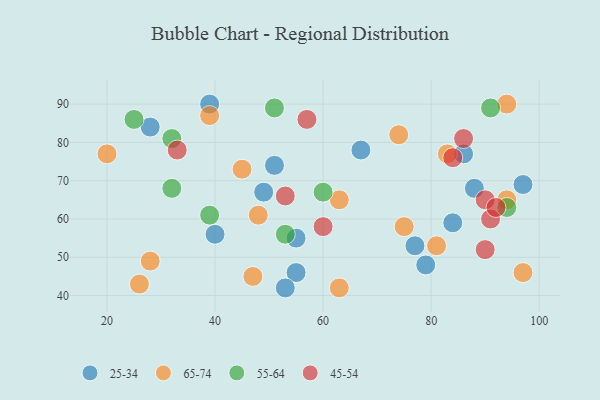
{"axis": {"x": "GDP", "y": "Life Expectancy"}, "legend": ["25-34", "45-54", "55-64", "65-74"], "data": [{"x": "84", "y": 59, "type": "25-34"}, {"x": "55", "y": 46, "type": "25-34"}, {"x": "39", "y": 90, "type": "25-34"}, {"x": "86", "y": 77, "type": "25-34"}, {"x": "53", "y": 42, "type": "25-34"}, {"x": "67", "y": 78, "type": "25-34"}, {"x": "28", "y": 84, "type": "25-34"}, {"x": "51", "y": 74, "type": "25-34"}, {"x": "40", "y": 56, "type": "25-34"}, {"x": "97", "y": 69, "type": "25-34"}, {"x": "79", "y": 48, "type": "25-34"}, {"x": "77", "y": 53, "type": "25-34"}, {"x": "88", "y": 68, "type": "25-34"}, {"x": "49", "y": 67, "type": "25-34"}, {"x": "55", "y": 55, "type": "25-34"}, {"x": "63", "y": 65, "type": "65-74"}, {"x": "45", "y": 73, "type": "65-74"}, {"x": "81", "y": 53, "type": "65-74"}, {"x": "26", "y": 43, "type": "65-74"}, {"x": "83", "y": 77, "type": "65-74"}, {"x": "63", "y": 42, "type": "65-74"}, {"x": "48", "y": 61, "type": "65-74"}, {"x": "28", "y": 49, "type": "65-74"}, {"x": "94", "y": 90, "type": "65-74"}, {"x": "47", "y": 45, "type": "65-74"}, {"x": "74", "y": 82, "type": "65-74"}, {"x": "97", "y": 46, "type": "65-74"}, {"x": "94", "y": 65, "type": "65-74"}, {"x": "39", "y": 87, "type": "65-74"}, {"x": "75", "y": 58, "type": "65-74"}, {"x": "20", "y": 77, "type": "65-74"}, {"x": "25", "y": 86, "type": "55-64"}, {"x": "91", "y": 89, "type": "55-64"}, {"x": "94", "y": 63, "type": "55-64"}, {"x": "60", "y": 67, "type": "55-64"}, {"x": "51", "y": 89, "type": "55-64"}, {"x": "39", "y": 61, "type": "55-64"}, {"x": "53", "y": 56, "type": "55-64"}, {"x": "32", "y": 81, "type": "55-64"}, {"x": "32", "y": 68, "type": "55-64"}, {"x": "33", "y": 78, "type": "45-54"}, {"x": "91", "y": 60, "type": "45-54"}, {"x": "60", "y": 58, "type": "45-54"}, {"x": "57", "y": 86, "type": "45-54"}, {"x": "90", "y": 65, "type": "45-54"}, {"x": "84", "y": 76, "type": "45-54"}, {"x": "90", "y": 52, "type": "45-54"}, {"x": "92", "y": 63, "type": "45-54"}, {"x": "53", "y": 66, "type": "45-54"}, {"x": "86", "y": 81, "type": "45-54"}]}